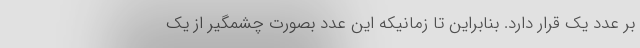
بر عدد یک قرار دارد. بنابراین تا زمانیکه این عدد بصورت چشمگیر از یک